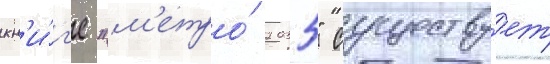
кн'и́г'е "м'етро́ 2035" существу́ет